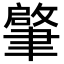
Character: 𦘦